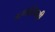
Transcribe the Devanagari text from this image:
ऋणाविषयी